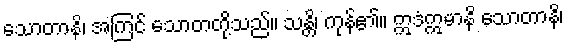
သောတာနိ၊ အကြင် သောတတို့သည်။ သန္တိ၊ ကုန်၏။ ဣဒံဣမာနိ သောတာနိ၊